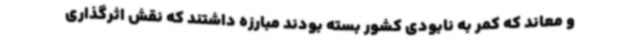
و معاند که کمر به نابودی کشور بسته بودند مبارزه داشتند که نقش اثرگذاری